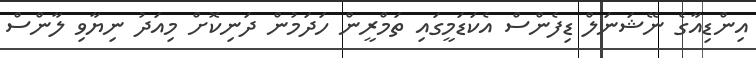
އިންޑިއާގެ ނޭޝަނަލް ޑިފެންސް އެކަޑަމީގައި ތަމްރީން ހަދަމުން ދަނިކޮށް މިއަދު ނިޔާވި ލާންސް